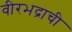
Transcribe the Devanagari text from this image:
वीरभद्राची